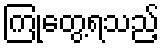
ကြုံတွေ့ရသည့်